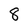
Character: 8